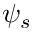
\psi _ { s }